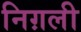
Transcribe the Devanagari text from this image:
निग़ली